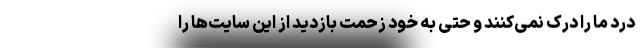
درد ما را درک نمی‌کنند و حتی به خود زحمت بازدید از این سایت‌ها را